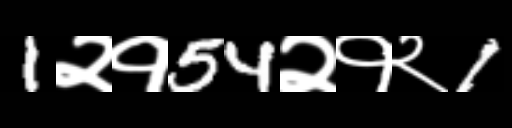
Text: 1२१54२१२1